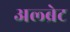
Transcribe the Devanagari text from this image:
अल्ब्रेट